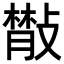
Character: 𢿨